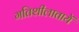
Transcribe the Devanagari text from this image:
गतिशीलातायें